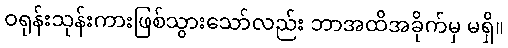
ဝရုန်းသုန်းကားဖြစ်သွားသော်လည်း ဘာအထိအခိုက်မှ မရှိ။